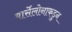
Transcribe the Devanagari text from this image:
बार्सेलोनाकडुन